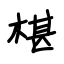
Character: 椹